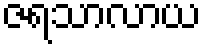
ဇရသာလာယ